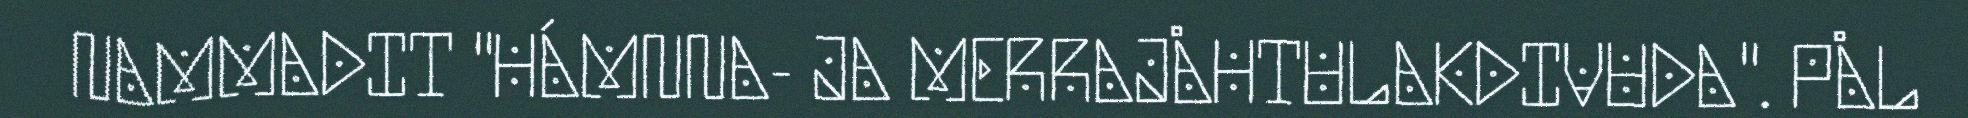
NAMMADIT "HÁMNNA- JA MERRAJÅHTULAKDIVUDA". PÅL